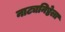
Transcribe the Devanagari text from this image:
नाट्यनिष्ठेला